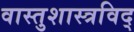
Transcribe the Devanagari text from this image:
वास्तुशास्त्रविद्